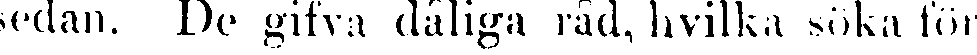
sedan. De gifva dåliga råd, hvilka söka för